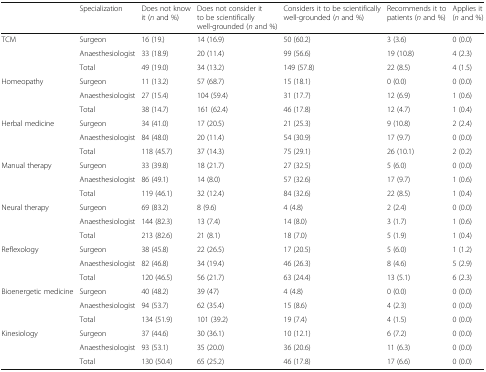
<table><thead><tr><td></td><td><b>Specialization</b></td><td><b>Does not know it (<i>n</i> and %)</b></td><td><b>Does not consider it to be scientifically well-grounded (<i>n</i> and %)</b></td><td><b>Considers it to be scientifically well-grounded (<i>n</i> and %)</b></td><td><b>Recommends it to patients (<i>n</i> and %)</b></td><td><b>Applies it (<i>n</i> and %)</b></td></tr></thead><tbody><tr><td rowspan="3">TCM</td><td>Surgeon</td><td>16 (19.)</td><td>14 (16.9)</td><td>50 (60.2)</td><td>3 (3.6)</td><td>0 (0.0)</td></tr><tr><td>Anaesthesiologist</td><td>33 (18.9)</td><td>20 (11.4)</td><td>99 (56.6)</td><td>19 (10.8)</td><td>4 (2.3)</td></tr><tr><td>Total</td><td>49 (19.0)</td><td>34 (13.2)</td><td>149 (57.8)</td><td>22 (8.5)</td><td>4 (1.5)</td></tr><tr><td rowspan="3">Homeopathy</td><td>Surgeon</td><td>11 (13.2)</td><td>57 (68.7)</td><td>15 (18.1)</td><td>0 (0.0)</td><td>0 (0.0)</td></tr><tr><td>Anaesthesiologist</td><td>27 (15.4)</td><td>104 (59.4)</td><td>31 (17.7)</td><td>12 (6.9)</td><td>1 (0.6)</td></tr><tr><td>Total</td><td>38 (14.7)</td><td>161 (62.4)</td><td>46 (17.8)</td><td>12 (4.7)</td><td>1 (0.4)</td></tr><tr><td rowspan="3">Herbal medicine</td><td>Surgeon</td><td>34 (41.0)</td><td>17 (20.5)</td><td>21 (25.3)</td><td>9 (10.8)</td><td>2 (2.4)</td></tr><tr><td>Anaesthesiologist</td><td>84 (48.0)</td><td>20 (11.4)</td><td>54 (30.9)</td><td>17 (9.7)</td><td>0 (0.0)</td></tr><tr><td>Total</td><td>118 (45.7)</td><td>37 (14.3)</td><td>75 (29.1)</td><td>26 (10.1)</td><td>2 (0.2)</td></tr><tr><td rowspan="3">Manual therapy</td><td>Surgeon</td><td>33 (39.8)</td><td>18 (21.7)</td><td>27 (32.5)</td><td>5 (6.0)</td><td>0 (0.0)</td></tr><tr><td>Anaesthesiologist</td><td>86 (49.1)</td><td>14 (8.0)</td><td>57 (32.6)</td><td>17 (9.7)</td><td>1 (0.6)</td></tr><tr><td>Total</td><td>119 (46.1)</td><td>32 (12.4)</td><td>84 (32.6)</td><td>22 (8.5)</td><td>1 (0.4)</td></tr><tr><td rowspan="3">Neural therapy</td><td>Surgeon</td><td>69 (83.2)</td><td>8 (9.6)</td><td>4 (4.8)</td><td>2 (2.4)</td><td>0 (0.0)</td></tr><tr><td>Anaesthesiologist</td><td>144 (82.3)</td><td>13 (7.4)</td><td>14 (8.0)</td><td>3 (1.7)</td><td>1 (0.6)</td></tr><tr><td>Total</td><td>213 (82.6)</td><td>21 (8.1)</td><td>18 (7.0)</td><td>5 (1.9)</td><td>1 (0.4)</td></tr><tr><td rowspan="3">Reflexology</td><td>Surgeon</td><td>38 (45.8)</td><td>22 (26.5)</td><td>17 (20.5)</td><td>5 (6.0)</td><td>1 (1.2)</td></tr><tr><td>Anaesthesiologist</td><td>82 (46.8)</td><td>34 (19.4)</td><td>46 (26.3)</td><td>8 (4.6)</td><td>5 (2.9)</td></tr><tr><td>Total</td><td>120 (46.5)</td><td>56 (21.7)</td><td>63 (24.4)</td><td>13 (5.1)</td><td>6 (2.3)</td></tr><tr><td rowspan="3">Bioenergetic medicine</td><td>Surgeon</td><td>40 (48.2)</td><td>39 (47)</td><td>4 (4.8)</td><td>0 (0.0)</td><td>0 (0.0)</td></tr><tr><td>Anaesthesiologist</td><td>94 (53.7)</td><td>62 (35.4)</td><td>15 (8.6)</td><td>4 (2.3)</td><td>0 (0.0)</td></tr><tr><td>Total</td><td>134 (51.9)</td><td>101 (39.2)</td><td>19 (7.4)</td><td>4 (1.5)</td><td>0 (0.0)</td></tr><tr><td rowspan="3">Kinesiology</td><td>Surgeon</td><td>37 (44.6)</td><td>30 (36.1)</td><td>10 (12.1)</td><td>6 (7.2)</td><td>0 (0.0)</td></tr><tr><td>Anaesthesiologist</td><td>93 (53.1)</td><td>35 (20.0)</td><td>36 (20.6)</td><td>11 (6.3)</td><td>0 (0.0)</td></tr><tr><td>Total</td><td>130 (50.4)</td><td>65 (25.2)</td><td>46 (17.8)</td><td>17 (6.6)</td><td>0 (0.0)</td></tr></tbody></table>